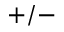
\mathrm { + / - }